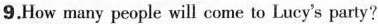
9.How many people will come to Lucy's party?